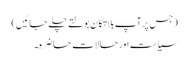
( جس پر آپ بلاتکان بولتے چلے جائیں)
سیاست اور حالاتِ حاضرہ۔